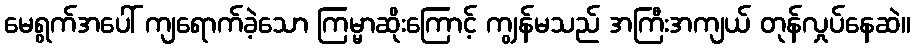
မေရွက်အပေါ် ကျရောက်ခဲ့သော ကြမ္မာဆိုးကြောင့် ကျွန်မသည် အကြီးအကျယ် တုန်လှုပ်နေဆဲ။